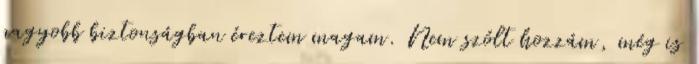
nagyobb biztonságban éreztem magam. Nem szólt hozzám, még is